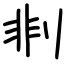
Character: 剕